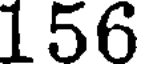
156